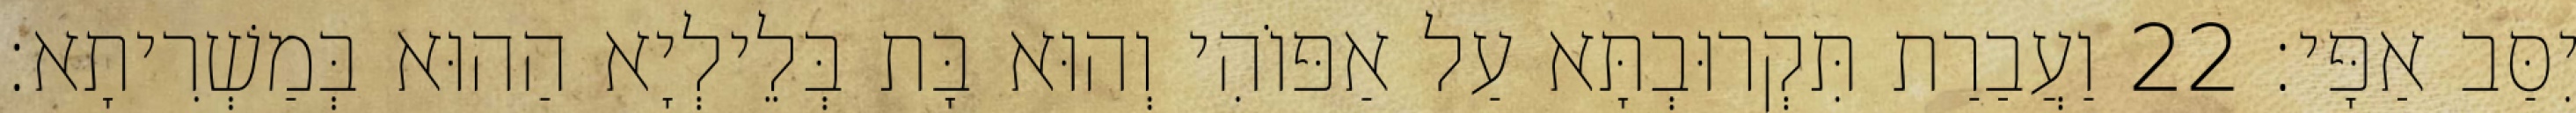
יִסַּב אַפָּי׃ 22 וַעֲבַרַת תִּקְרוּבְתָּא עַל אַפּוֹהִי וְהוּא בָּת בְּלֵילְיָא הַהוּא בְּמַשְׁרִיתָא׃